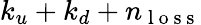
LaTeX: k_{u}+k_{d}+n_{\mathrm{~l~o~s~s~}}